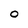
Character: O